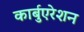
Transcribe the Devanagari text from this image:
कार्बुएरेशन